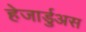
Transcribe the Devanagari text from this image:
हेजार्डुअस